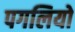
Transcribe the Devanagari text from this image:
पगलियो